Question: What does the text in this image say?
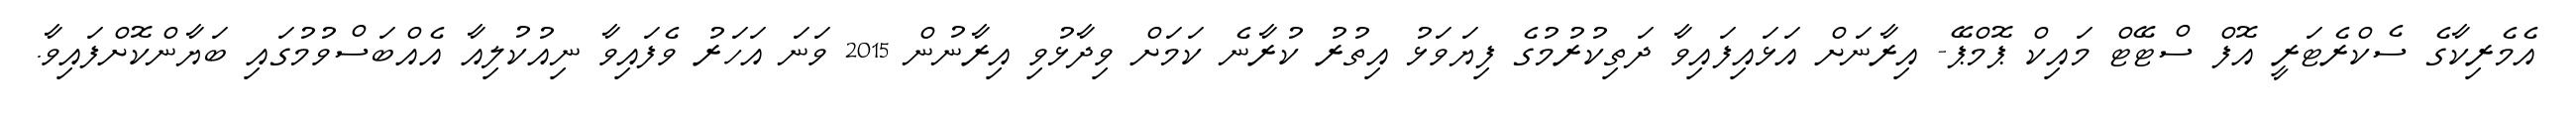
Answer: އެމެރިކާގެ ސެކްރެޓަރީ އޮފް ސްޓޭޓް މައިކް ޕޮމްޕޭ- އިރާނަށް އަޅައިފައިވާ ދަތިކުރުމުގެ ފިޔަވަޅު އިތުރު ކުރާނެ ކަމަށް ވިދާޅުވި އިރާނުން 2015 ވަނަ އަހަރު ވެފައިވާ ނިއުކުލިއާ އެއްބަސްވުމުގައި ބަޔާންކޮށްފައިވާ.